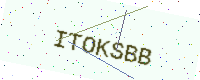
Text: ITOKSBB